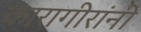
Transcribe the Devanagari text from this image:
कारागीरांनी